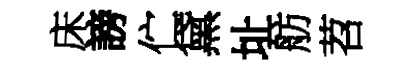
床謗伫黛址舫苕